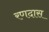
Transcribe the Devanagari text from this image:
रणदास